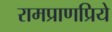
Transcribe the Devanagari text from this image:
रामप्राणप्रिये